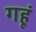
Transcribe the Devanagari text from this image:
गहूं